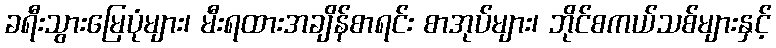
ခရီးသွားမြေပုံများ၊ မီးရထားအချိန်စာရင်း စာအုပ်များ၊ ဘိုင်စကယ်သစ်များနှင့်